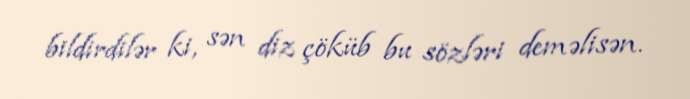
bildirdilər ki, sən diz çöküb bu sözləri deməlisən.